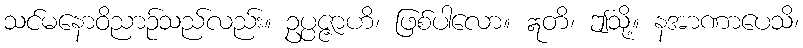
သင်မနောဝိညာဉ်သည်လည်း။ ဥပ္ပဇ္ဇာဟိ၊ ဖြစ်ပါလော။ ဣတိ၊ ဤသို့။ နအာဏာပေသိ၊